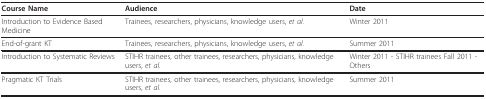
<table><thead><tr><td><b>Course Name</b></td><td><b>Audience</b></td><td><b>Date</b></td></tr></thead><tbody><tr><td>Introduction to Evidence Based Medicine</td><td>Trainees, researchers, physicians, knowledge users, <i>et al</i>.</td><td>Winter 2011</td></tr><tr><td>End-of-grant KT</td><td>Trainees, researchers, physicians, knowledge users, <i>et al</i>.</td><td>Summer 2011</td></tr><tr><td>Introduction to Systematic Reviews</td><td>STIHR trainees, other trainees, researchers, physicians, knowledge users, <i>et al</i>.</td><td>Winter 2011 - STIHR trainees Fall 2011 - Others</td></tr><tr><td>Pragmatic KT Trials</td><td>STIHR trainees, other trainees, researchers, physicians, knowledge users, <i>et al</i>.</td><td>Summer 2011</td></tr></tbody></table>